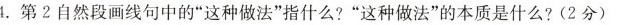
4.第2自然段画线句中的”这种做法”指什么?”这种做法”的本质是什么?(2分)